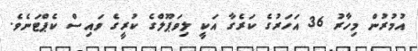
އުމުރުން މިހާރު 36 އަހަރުގެ ކަރެގާ އަކީ ލިވަޕޫލްގެ ކުރީގެ ވައިސް ކެޕްޓަނެވެ.